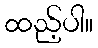
ထည့်ပါ။